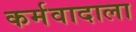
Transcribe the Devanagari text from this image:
कर्मवादाला